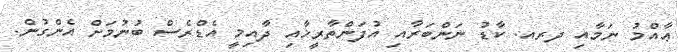
ޢާއްމު ނަމާއި ދރއ. ކާޑު ނަންބަރާއި އުފަންތާރީޚާއި ދާއިމީ އެޑްރެސް ބުނުމަށް އެންގުން.